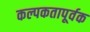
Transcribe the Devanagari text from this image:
कल्पकतापूर्वक